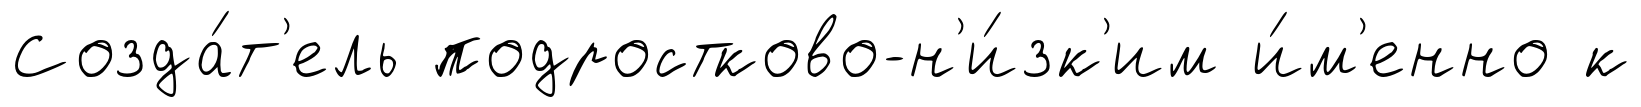
Созда́т'ель подростково-н'и́зк'им и́м'енно к